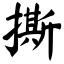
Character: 撕